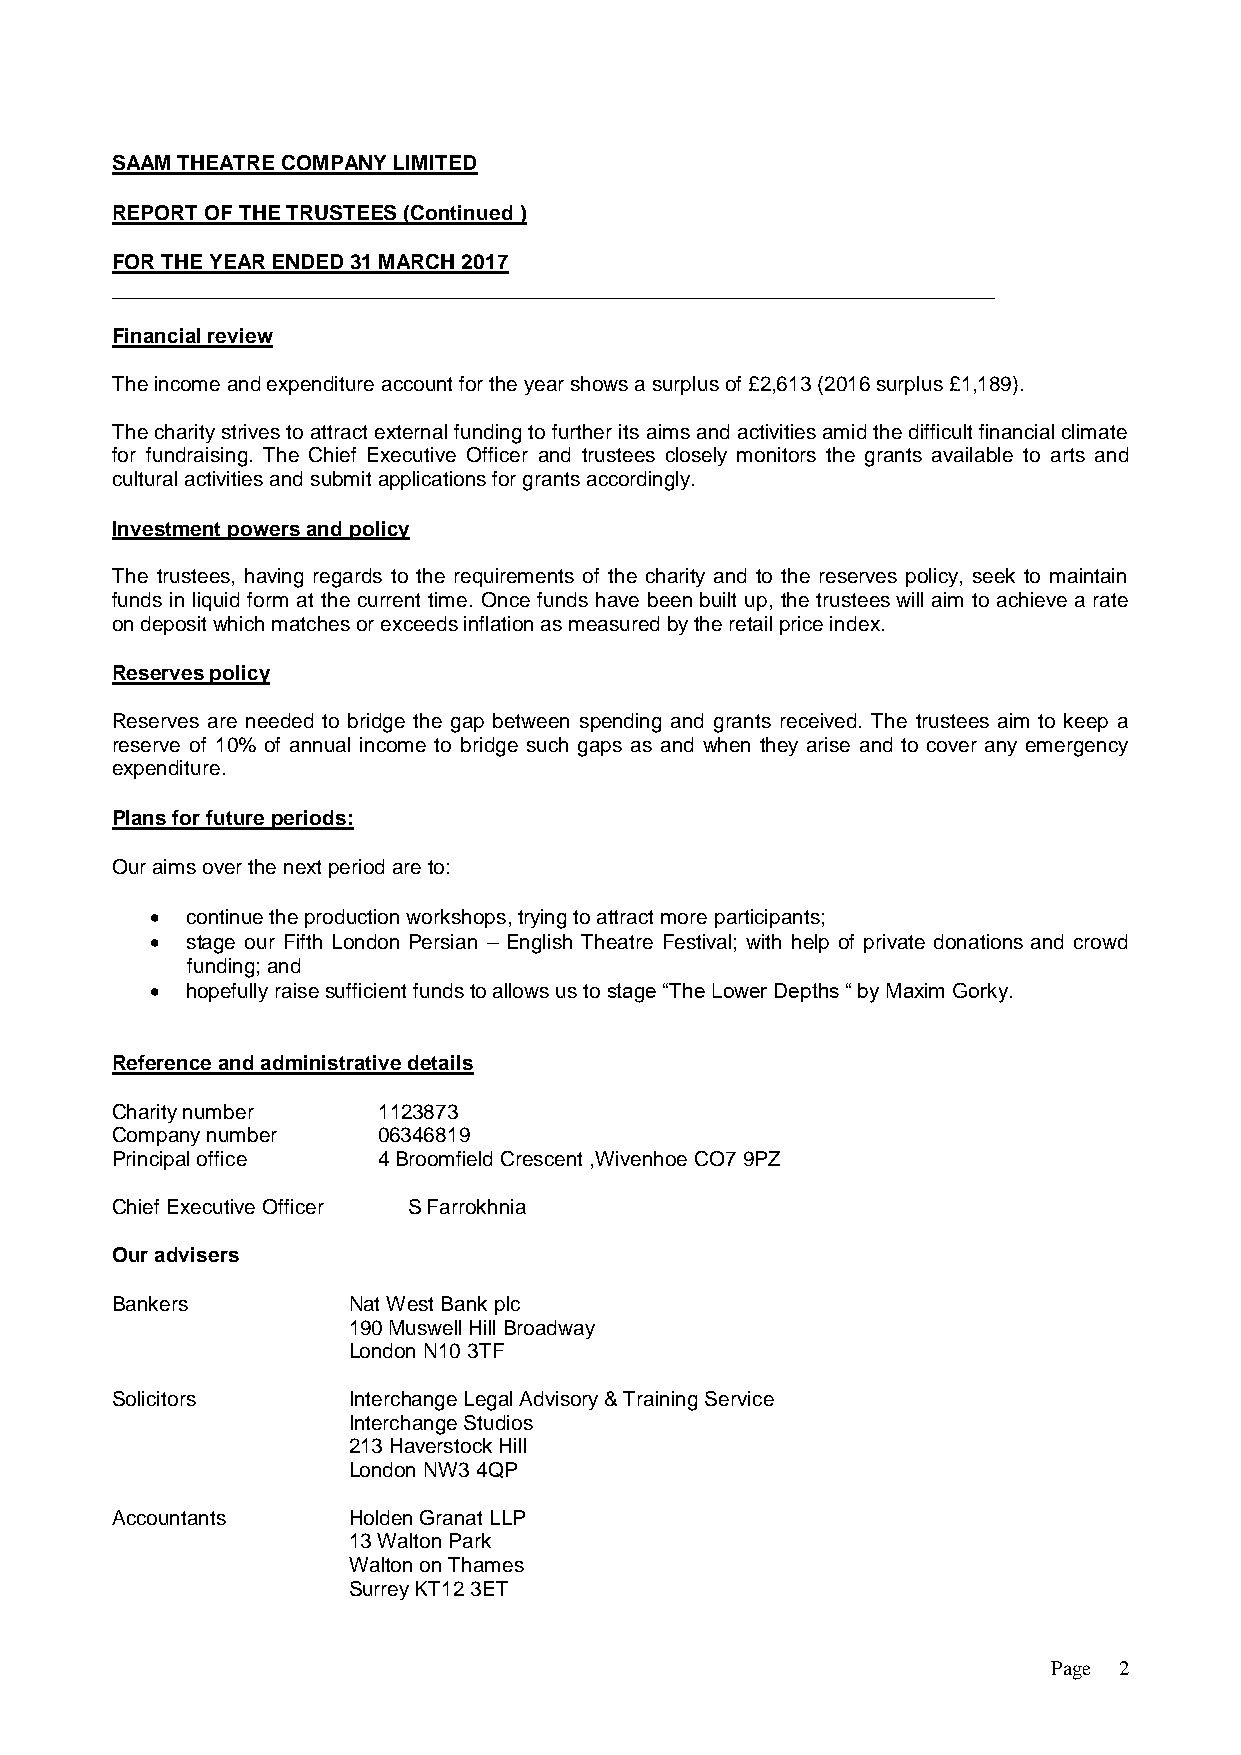
SAAM THEATRE COMPANY LIMITED
 REPORT OF THE TRUSTEES (Continued )
 FOR THE YEAR ENDED 31 MARCH 2017
 Financial review
 The income and expenditure account for the year shows a surplus of £2,613 (2016 surplus £1,189).
 The charity strives to attract external funding to further its aims and activities amid the difficult financial climate
 for fundraising. The Chief Executive Officer and trustees closely monitors the grants available to arts and
 cultural activities and submit applications for grants accordingly.
 Investment powers and policy
 The trustees, having regards to the requirements of the charity and to the reserves policy, seek to maintain
 funds in liquid form at the current time. Once funds have been built up, the trustees will aim to achieve a rate
 on deposit which matches or exceeds inflation as measured by the retail price index.
 Reserves policy
 Reserves are needed to bridge the gap between spending and grants received. The trustees aim to keep a
 reserve of 10% of annual income to bridge such gaps as and when they arise and to cover any emergency
 expenditure.
 Plans for future periods:
 Our aims over the next period are to:
  continue the production workshops, trying to attract more participants;
  stage our Fifth London Persian – English Theatre Festival; with help of private donations and crowd
 funding; and
  hopefully raise sufficient funds to allows us to stage “The Lower Depths “ by Maxim Gorky.
 Reference and administrative details
 Charity number    1123873
 Company number    06346819
 Principal office  4 Broomfield Crescent ,Wivenhoe CO7 9PZ
 Chief Executive Officer S Farrokhnia
 Our advisers
 Bankers         Nat West Bank plc
 190 Muswell Hill Broadway
 London N10 3TF
 Solicitors      Interchange Legal Advisory & Training Service
 Interchange Studios
 213 Haverstock Hill
 London NW3 4QP
 Accountants     Holden Granat LLP
 13 Walton Park
 Walton on Thames
 Surrey KT12 3ET
 Page 2